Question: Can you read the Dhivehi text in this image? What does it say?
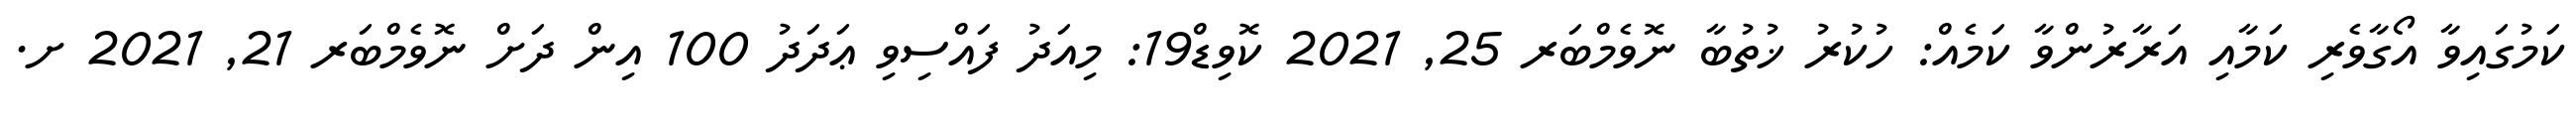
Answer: ކަމުގައިވާ އޯގާވެރި ކަމާއި އަރާރުންވާ ކަމެއް: ހުކުރު ޚުތުބާ ނޮވެމްބަރ 25, 2021 ކޮވިޑް19: މިއަދު ފައްސިވި ޢަދަދު 100 އިން ދަށް ނޮވެމްބަރ 21, 2021 ށ.